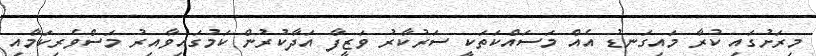
މިރަށުގައި ކުރާ މައިގަނޑު އެއް މަސައްކަތަކީ ސަރުކާރު ވަޒީފާ އަދާކުރުން ކަމުގައިވާއިރު މަސްވެރިކަމާއި